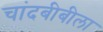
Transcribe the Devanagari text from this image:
चांदबीबीला